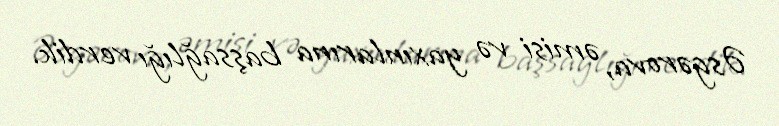
Əsgərova, əmisi və yaxınlarına başsağlığı verdik.